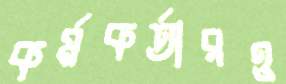
কর্মকর্তারও